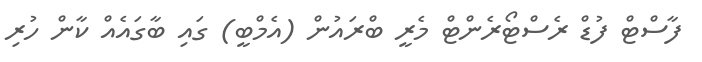
ފާސްޓް ފުޑް ރެސްޓޯރެންޓް މެރީ ބްރައުން (އެމްބީ) ގައި ބާގައެއް ކާން ހުރި